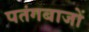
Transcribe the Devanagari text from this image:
पतंगबाजों